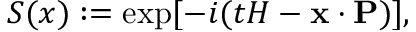
S ( x ) : = \exp [ - i ( t H - { \bf x } \cdot { \bf P } ) ] ,